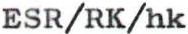
ESR/RK/hk